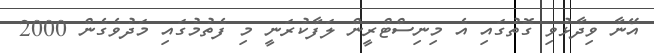
އޭނާ ވިދާޅުވި ގޮތުގައި އެ މިނިސްޓްރީން ލަފާކުރަނީ މި ފެތުމުގައި މަދުވެގެން 2000